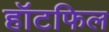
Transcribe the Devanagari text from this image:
हॉटफिल